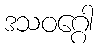
ဒသဝဂ္ဂေါ